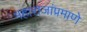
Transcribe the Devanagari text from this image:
महाराजांप्रमाणे